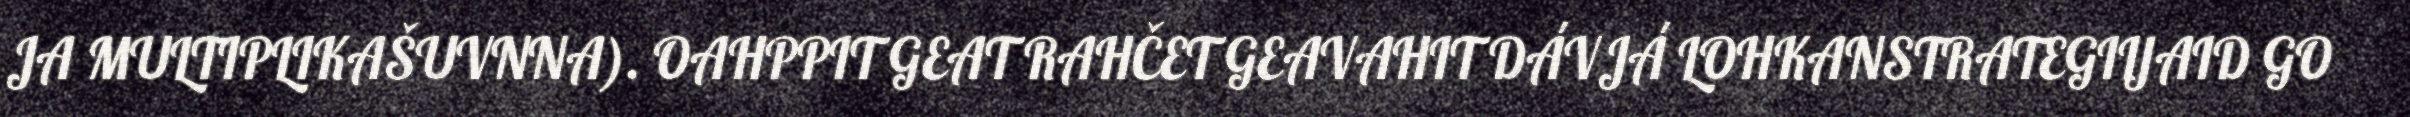
JA MULTIPLIKAŠUVNNA). OAHPPIT GEAT RAHČET GEAVAHIT DÁVJÁ LOHKANSTRATEGIIJAID GO